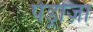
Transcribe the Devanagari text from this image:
पेड्रोज़ा